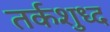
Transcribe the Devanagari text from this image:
तर्कशुध्द